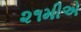
૨૧મીએ